Civil Veterinary Department Bihar reports 1940-50 - 1940-1950
Year: 1940
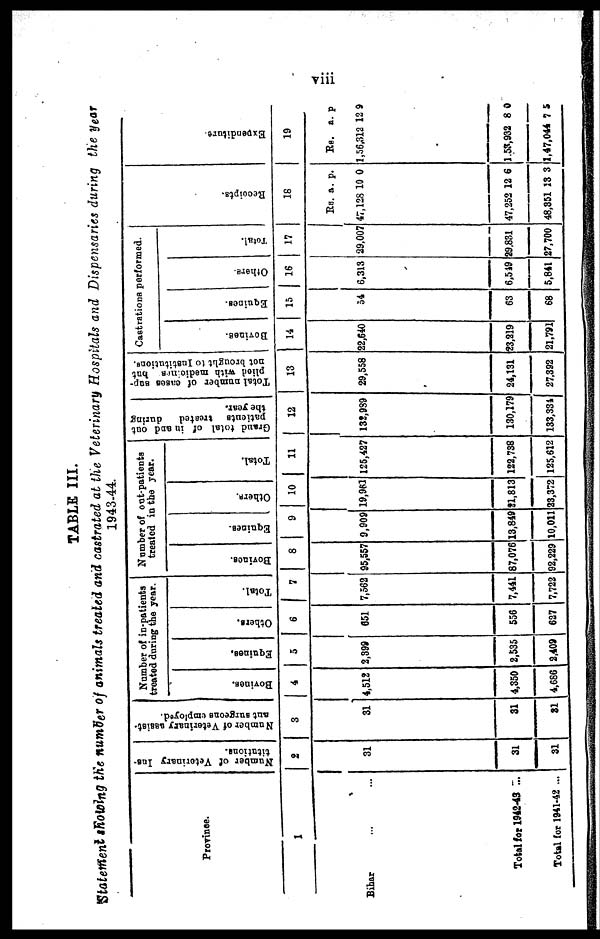
viii
TABLE III.
Statement showing the number of animals treated and castrated at the Veterinary Hospitals and Dispensaries during the year
1943-44.
Province.
1
Bihar ... ...
Total for 1942-43 ...
Total for 1941-42 ...
Number of Veterinary Ins-
titutions.
2
31
31
31
Number of Veterinary assist-
ant surgeons employed.
3
31
31
31
Number of in-patients
treated during the year.
Bovines.
4
4,512
4,350
4,686
Equines.
5
2,399
2,535
2,409
Others.
6
651
556
627
Total.
7
7,562
7,441
7,722
Number of out-patients
treated in the year.
Bonnes.
8
95,557
37,076
92,229
Equines.
9
9,909
13,849
10,011
Others.
10
19,961
21,813
23,372
Total.
11
125,427
122,738
125,612
Grand total of in and out
patients
treated
during
the year.
12
132,939
130,179
133,334
Total number of cases sup-
plied with medicines but
not brought to Institutions.
13
29,558
24,131
27,392
Castrations performed.
Bovines.
14
22,640
23,219
21,791
Equines.
15
54
63
68
Others.
16
6,313
6,549
5,841
Total.
17
29,007
39,831
27,700
Receipts.
18
Rs.
47,128
47,252
48,351 1
a.
10
12
3
p.
0
6
3
Expenditure.
19
Rs.
1,56,312
1.53,932
1,47,044
a.
12
8
7
p.
9
0
5